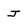
Character: J